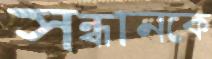
সন্ধানকে